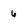
Character: 6